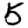
Digit: 5